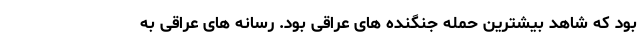
بود که شاهد بیشترین حمله جنگنده های عراقی بود. رسانه های عراقی به